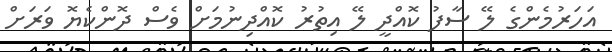
އަހަރުމެންގެ ލޭ ސާފު ކޮއްދީ ލޭ އިތުރު ކޮއްދިނުމަށް ވެސް ދޮންކެޔޮ ވަރަށް